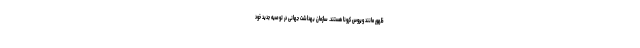
ظهور مانند ویروس كرونا هستند. سازمان بهداشت جهانی در توصیه جدید خود